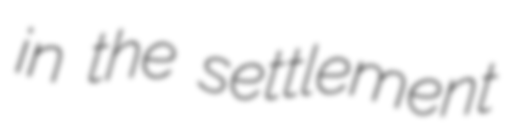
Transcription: in the settlement